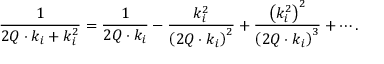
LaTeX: \frac { 1 } { 2 Q \cdot k _ { i } + k _ { i } ^ { 2 } } = \frac { 1 } { 2 Q \cdot k _ { i } } - \frac { k _ { i } ^ { 2 } } { \left( 2 Q \cdot k _ { i } \right) ^ { 2 } } + \frac { \left( k _ { i } ^ { 2 } \right) ^ { 2 } } { \left( 2 Q \cdot k _ { i } \right) ^ { 3 } } + \cdots .